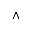
\land